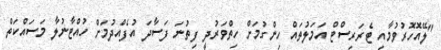
"ލޭއޮހޮރުވުމާއި ޓެރަރިސްޓް އަމަލުތައް ހިންގުމަށް ހިތްވަރުދީ ފިތުނަ ފަސާދަ އުފެއްދުމަށް ހުއްޓާނުލާ މަސައްކަތް